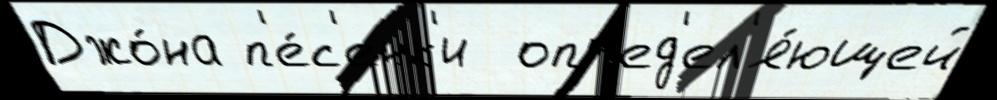
Джо́на п'е́с'енк'и  опр'ед'ел'я́ющей